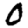
Digit: 0